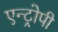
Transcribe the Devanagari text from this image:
एन्ट्रोपी